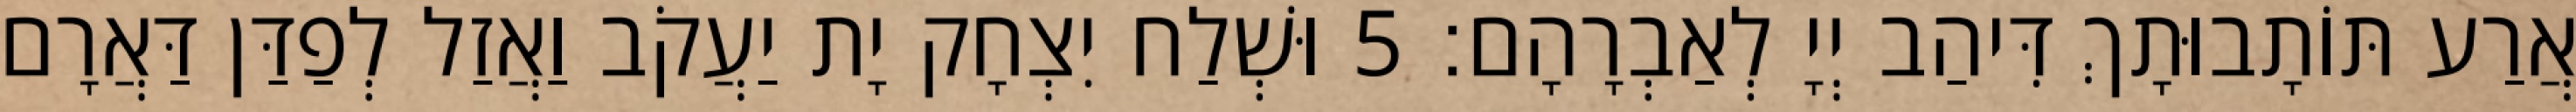
אֲרַע תּוֹתָבוּתָךְ דִּיהַב יְיָ לְאַבְרָהָם׃ 5 וּשְׁלַח יִצְחָק יָת יַעֲקֹב וַאֲזַל לְפַדַּן דַּאֲרָם